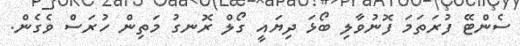
ސެންޓޭ ފުރަތަމަ ފޮނުވާލި ބޯޅަ ދިޔައީ ގޯލް ރޮނގު މަތިން ހުރަސް ވެގެން.